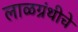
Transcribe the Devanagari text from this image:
लाळग्रंथीचे